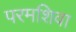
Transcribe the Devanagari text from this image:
परमशिवा